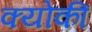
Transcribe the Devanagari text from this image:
क्योकीं